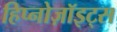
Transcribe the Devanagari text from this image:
हिप्नोज़ॉइट्स